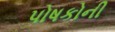
પોષકોની